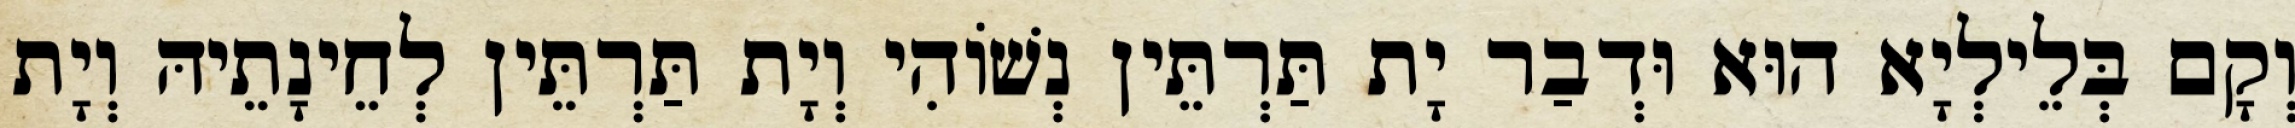
וְקָם בְּלֵילְיָא הוּא וּדְבַר יָת תַּרְתֵּין נְשׁוֹהִי וְיָת תַּרְתֵּין לְחֵינָתֵיהּ וְיָת